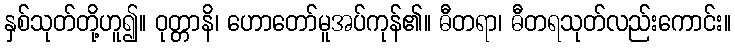
နှစ်သုတ်တို့ဟူ၍။ ဝုတ္တာနိ၊ ဟောတော်မူအပ်ကုန်၏။ ဓီတရာ၊ ဓီတရသုတ်လည်းကောင်း။